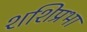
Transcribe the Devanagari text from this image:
शशिप्रभा